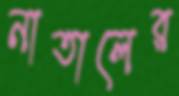
নাতালের